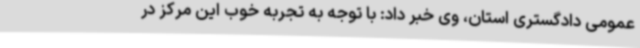
عمومی دادگستری استان، وی خبر داد: با توجه به تجربه خوب این مرکز در